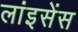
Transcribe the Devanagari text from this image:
लांइसेंस